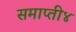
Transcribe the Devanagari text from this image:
समाप्ती४